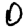
Digit: 0